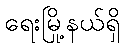
ရေးမြို့နယ်ရှိ